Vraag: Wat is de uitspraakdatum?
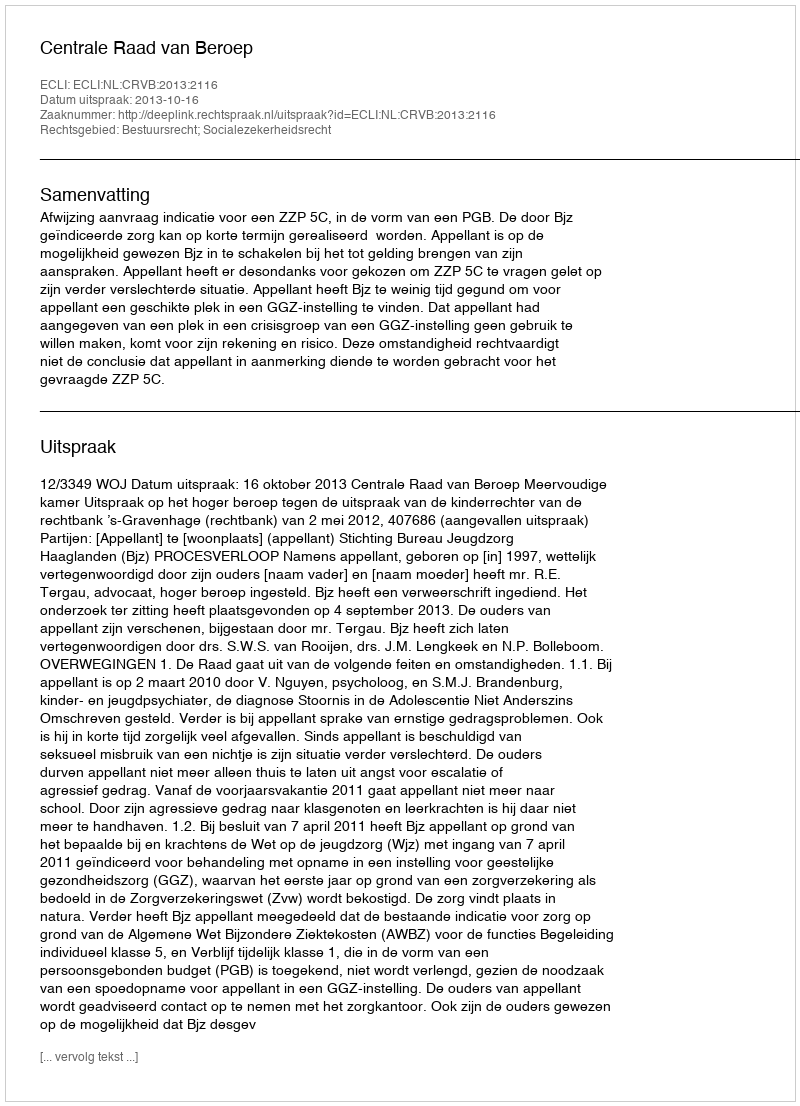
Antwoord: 2013-10-16